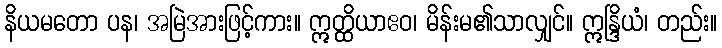
နိယမတော ပန၊ အမြဲအားဖြင့်ကား။ ဣတ္ထိယာဧဝ၊ မိန်းမ၏သာလျှင်။ ဣန္ဒြိယံ၊ တည်း။